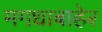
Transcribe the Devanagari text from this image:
मगधाबाहेर